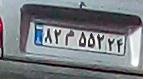
۸۲م۵۵۲۲۴